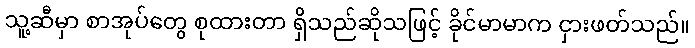
သူ့ဆီမှာ စာအုပ်တွေ စုထားတာ ရှိသည်ဆိုသဖြင့် ခိုင်မာမာက ငှားဖတ်သည်။